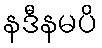
နဒီနမပိ